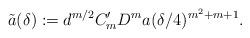
LaTeX: \begin{align*}\tilde{a}(\delta):=d^{m/2} C_m' D^m a(\delta/4)^{m^2+m+1}.\end{align*}